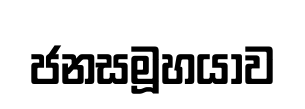
ජනසමූහයාව